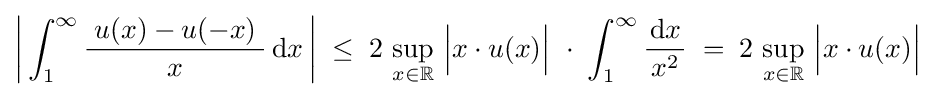
\left|\,\int _{1}^{\infty }{\frac {\;u(x)-u(-x)\;}{x}}\,\mathrm {d} x\,\right|\;\leq \;2\,\sup _{x\in \mathbb {R} }\,{\Bigl |}x\cdot u(x){\Bigr |}~\cdot \;\int _{1}^{\infty }{\frac {\mathrm {d} x}{\,x^{2}\,}}\;=\;2\,\sup _{x\in \mathbb {R} }\,{\Bigl |}x\cdot u(x){\Bigr |}~